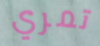
تمري